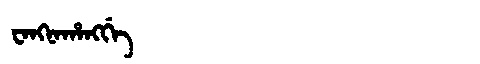
Manchu: ᠸᠠᠩᠨᠠᡥᠠᠩᡤᡝ
Romanization: WANGNAHANGGE